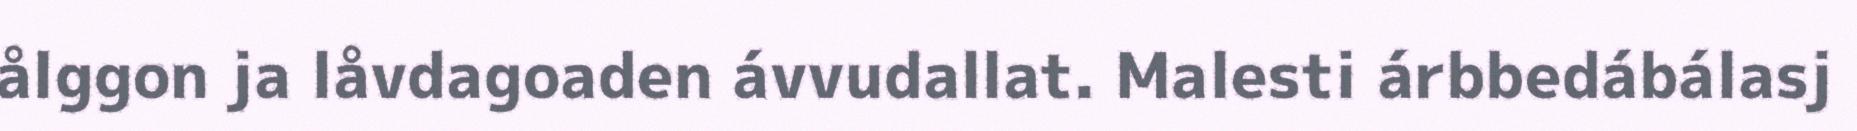
ålggon ja låvdagoaden ávvudallat. Malesti árbbedábálasj